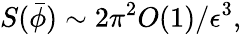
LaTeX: S(\bar{\phi})\sim 2\pi^{2}O(1)/\epsilon^{3},